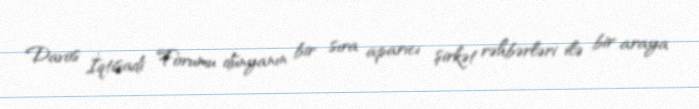
Davos İqtisadi Forumu dünyanın bir sıra aparıcı şirkət rəhbərləri ilə bir araya